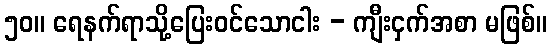
၅၀။ ရေနက်ရာသို့ပြေးဝင်သောငါး - ကျီးငှက်အစာ မဖြစ်။